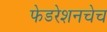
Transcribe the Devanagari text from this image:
फेडरेशनचेच